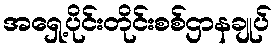
အရှေ့ပိုင်းတိုင်းစစ်ဌာနချုပ်